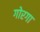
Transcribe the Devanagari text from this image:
गोरगा